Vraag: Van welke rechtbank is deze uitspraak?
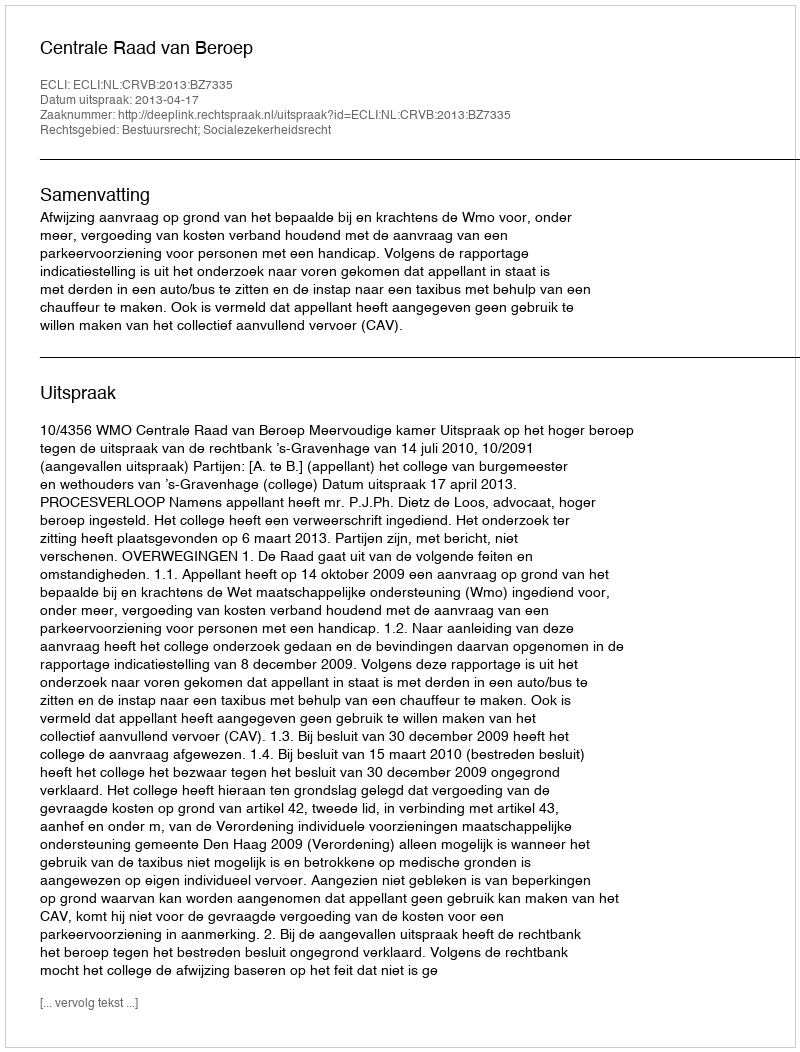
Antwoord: Centrale Raad van Beroep